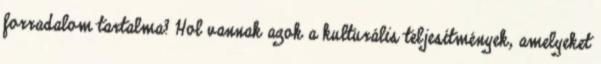
forradalom tartalma? Hol vannak azok a kulturális teljesítmények, amelyeket